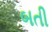
બતી